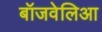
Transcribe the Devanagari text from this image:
बॉजवेलिआ